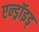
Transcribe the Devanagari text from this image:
एन्ड्रॉइड्